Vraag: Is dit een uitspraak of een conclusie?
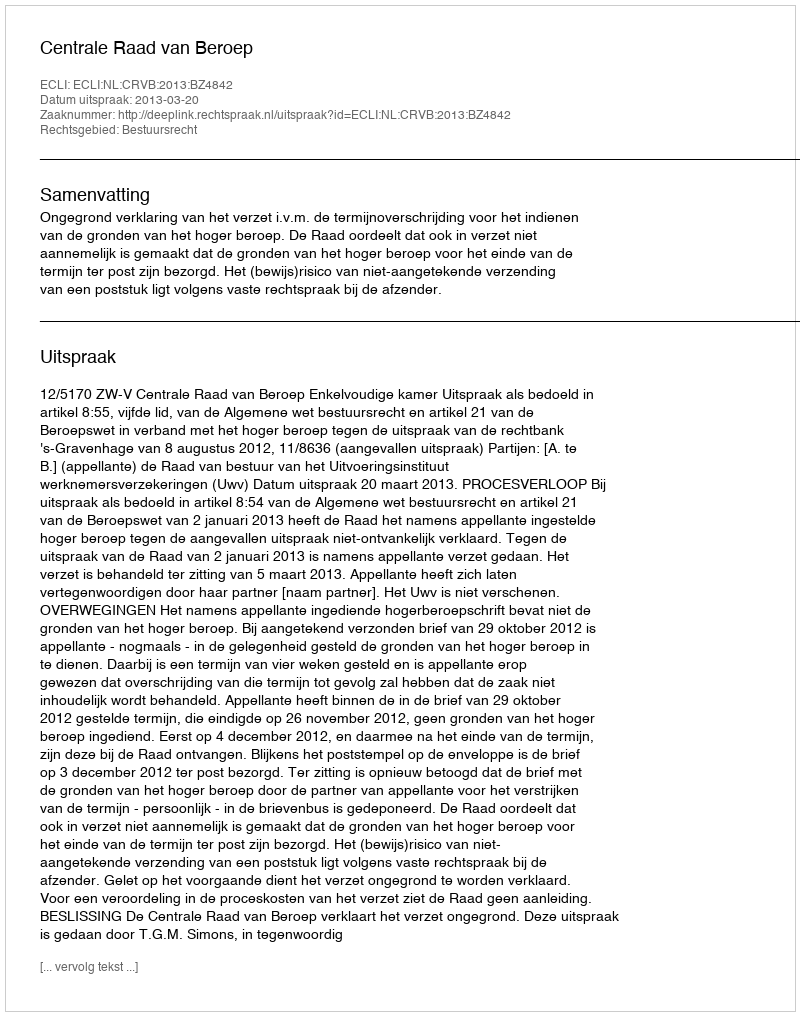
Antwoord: Uitspraak